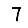
Digit: 7